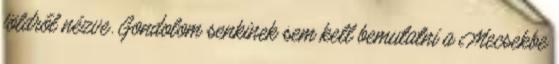
földről nézve. Gondolom senkinek sem kell bemutatni a Mecsekbe